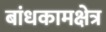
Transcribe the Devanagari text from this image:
बांधकामक्षेत्र